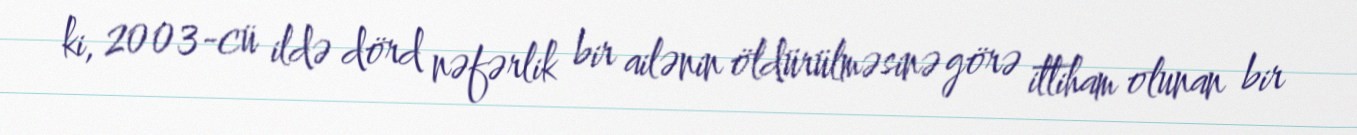
ki, 2003-cü ildə dörd nəfərlik bir ailənin öldürülməsinə görə ittiham olunan bir